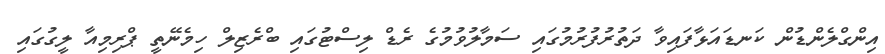
އިންގްލެންޑުން ކަނޑައަޅާފައިވާ ދަތުރުފުރުމުގައި ސަމާލުވުމުގެ ރެޑް ލިސްޓުގައި ބްރެޒިލް ހިމެނޭތީ ޕްރިމިއާ ލީގުގައި